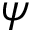
\psi